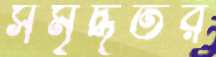
সমৃদ্ধতর